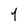
Character: 4